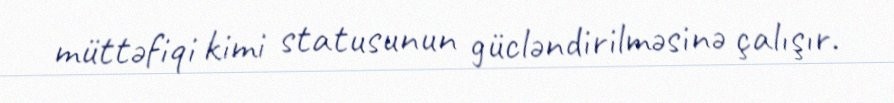
müttəfiqi kimi statusunun gücləndirilməsinə çalışır.